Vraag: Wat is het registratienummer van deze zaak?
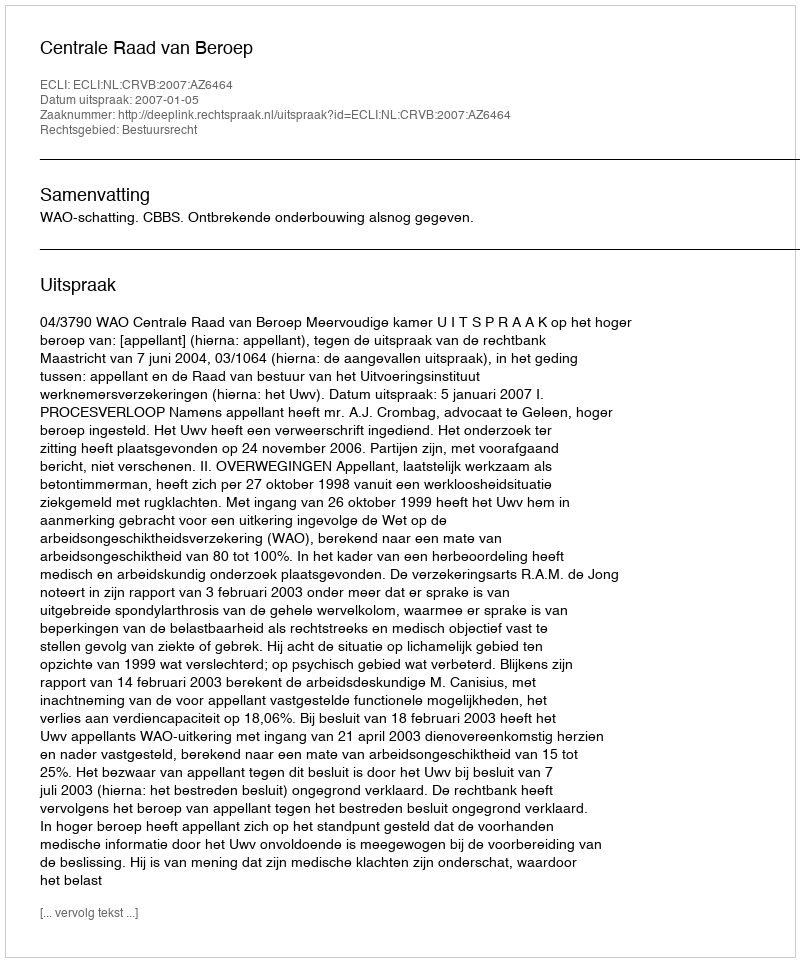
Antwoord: http://deeplink.rechtspraak.nl/uitspraak?id=ECLI:NL:CRVB:2007:AZ6464